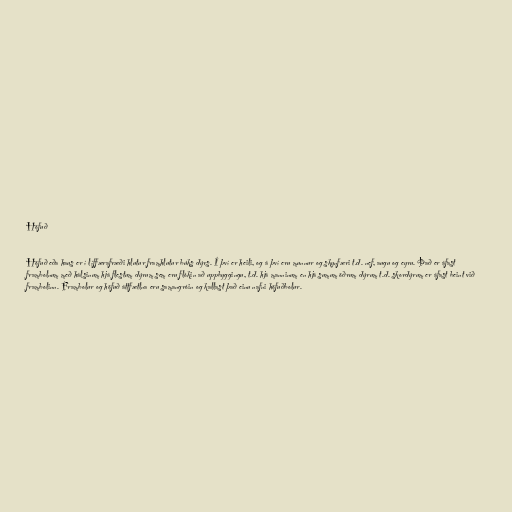
Höfuð

Höfuð eða haus er í líffærafræði hlutur framhlutur búks dýrs. Í því er heili, og á því eru munnur og skynfæri t.d. nef, augu og eyru. Það er áfast
frambolnum með hálsinum hjá flestum dýrum sem eru flókin að uppbyggingu, t.d. hjá manninum en hjá sumum öðrum dýrum t.d. skordýrum er áfast beint við
frambolinn. Frambolur og höfuð áttfætlna eru samangróin og kallast það einu nafni höfuðbolur.